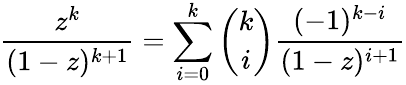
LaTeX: {\frac{z^{k}}{(1-z)^{k+1}}}=\sum_{i=0}^{k}{\binom{k}{i}}{\frac{(-1)^{k-i}}{(1-z)^{i+1}}}